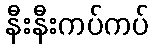
နီးနီးကပ်ကပ်